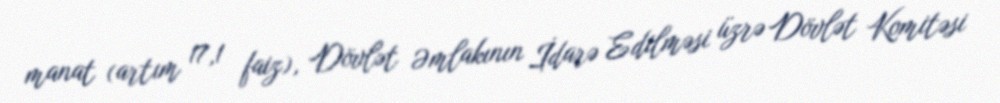
manat (artım 17,1 faiz), Dövlət Əmlakının İdarə Edilməsi üzrə Dövlət Komitəsi